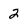
Character: 2